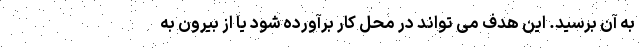
به آن برسید. این هدف می تواند در محل کار برآورده شود یا از بیرون به